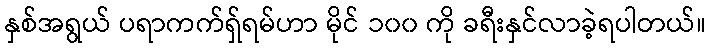
နှစ်အရွယ် ပရာကက်ရှ်ရမ်ဟာ မိုင် ၁၀၀ ကို ခရီးနှင်လာခဲ့ရပါတယ်။